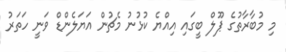
މި މުބާރާތުގެ ޕޫލް ބީގައި އިއްޔެ ކުޅުނު މެޗުން އަޔަލެންޑް ވަނީ ހަތަރު